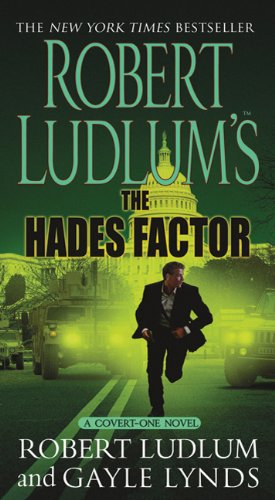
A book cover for The Hades Factor; Robert Ludlum; Mystery, Thriller & Suspense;